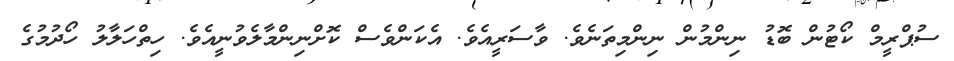
ސުޕްރީމް ކޯޓުން ބޮޑު ނިންމުން ނިންމިތަނެވެ. ވާސަރީއެވެ. އެކަންވެސް ކޮށްނިންމާލެވުނީއެވެ. ހިތްހަލާލު ހޯދުމުގެ